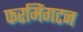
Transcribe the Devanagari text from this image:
फरमिंगटन